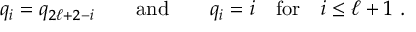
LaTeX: q _ { i } = q _ { 2 \ell + 2 - i } \qquad \mathrm { a n d } \qquad q _ { i } = i \quad \mathrm { f o r } \quad i \leq \ell + 1 ~ .